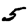
Digit: 5